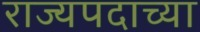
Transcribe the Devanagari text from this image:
राज्यपदाच्या